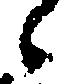
々